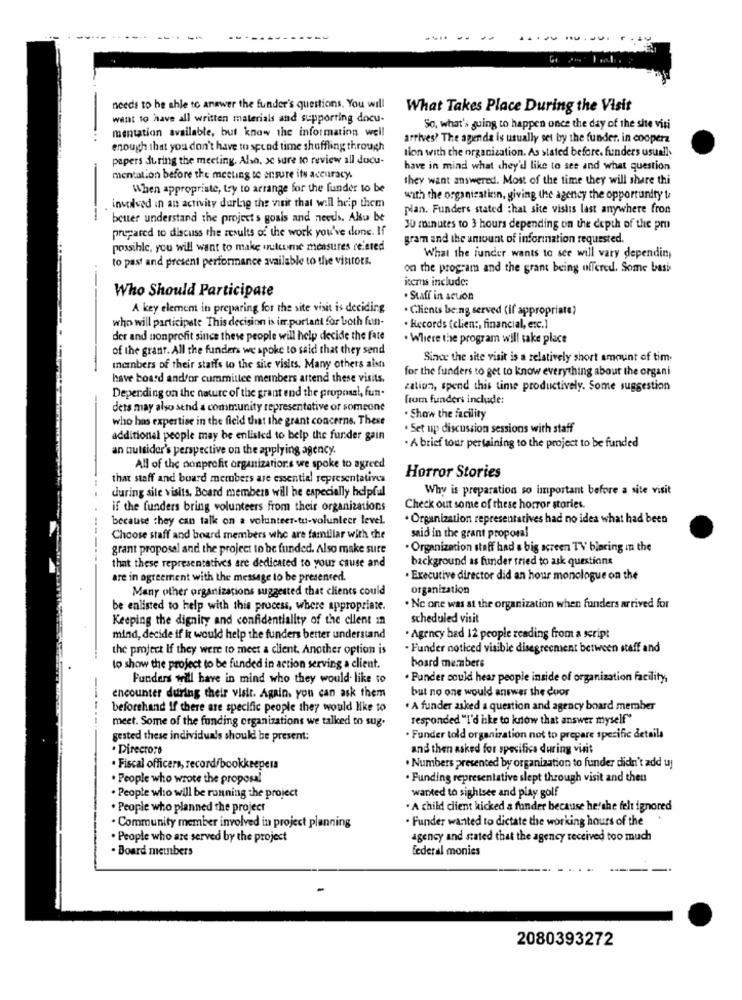
needs to be able to answer the funder's questions. You will
What Takes Place During the Visit
want to have all written materials and supporting docu-
mentation available, but know the information weil
So, what's going to happen once the day of the site visi
...
arrives? The agenda is usually set by the funder. in cooperz
enough that you don't have to spend time shuffling through
tion with the organization. As stated before. funders usually
papers during the meeting. Also, se sure to review all ducu-
have in mind what chey'd like to see and what question
mentation before the meeting to ensure its accuracy.
they want answered. Most of the time they will share thi
When appropriate, try to arrange for the funder to be
with the organization, giving the agency the opportunity to
involved in an activity during the visit that will help them
plan. Funders stated :hat site visits last anywhere fron
beuer understand the project s goals and needs. Alu be
prepared to discuss the results of the work you've done. If
JU minutes to 3 hours depending on the depth of the pru
gram and the amount of information requested.
possible, you will want to make outcome measures related
to past and present performance available to the visitors.
What the iunder wants to see will vary depending
on the program and the grant being offered. Some bash
icms include;
Who Should Participate
. Staff in action
A key element in preparing for the site visit is deciding
. Clients being served (if appropriate?
who will participate This decision is important for both fun-
Records (clien :, financial, etc.)
der and nonprofit since these people will help decide the fate
. Where the program will take place
of the grant. All the funders we spoke to said that they send
Since the site visit is a relatively short amount of tim.
-
members of their staffs to the site visits. Many others aist
for the funders to get to know everything about the organi
have board andfor cummittee meinbers attend these visits.
zation, spend this time productively. Some suggestion
Depending on the nature of the grant end the proposal, fun-
from funderi include:
dets may also send a community representative of someone
who has expertise in the field that the grant concerns. These
. Show the facility
. Set up discussion sessions with staff
additional people may be enlisted to belp the funder gain
an outsider's perspective on the applying agency.
. A brief tour pertaining to the project to be funded
All of the nonprofit organizations we spoke to agreed
that staff and board members are essential representatives
Horror Stories
Why is preparation so important before a site visit
during site visits. Board members will be especially helpful
if the funders bring volunteers from their organizations
Check out some of these horror stories.
because they can talk on a volunteer-tu-volunteer level.
. Organization representatives had no idea what had been
Choose staff and board members who are familiar with the
said in the grant proporal
-----
grant proposal and the project to be funded. Also make sure
· Organization staff had a big screen TV blaring in the
background as funder tried to ask questions
that these representatives are dedicated to your cause and
are in agreement with the message to be presented.
. Executive director did an hour monologue on the
Many other organizations suggested that clients could
organization
be enlisted to help with this process, where appropriate.
. No one was at the organization when funders arrived for
Keeping the dignity and confidentiality of the client in
scheduled visit
mind, decide if it would help the funders better understand
. Agency had 12 people reading from a script
the project If they were to meet a client. Another option is
. Funder noticed visible disegreement between staff and
to show the project to be funded in action serving a client.
board members
Fundars will have in mind who they would like to
·Punder could hear people inside of organization facility,
but no one would answer the door
encounter during their visit. Again, you can ask them
beforehand if there are specific people they would like to
. A funder asked a question and agency board member
----
meet. Some of the funding organizations we talked to sug.
responded "I'd hike to know that answer myself"
gested these individuals should be present:
· Funder told organization not to prepare specific details
· Directors
and then asked for specifica during visit
. Numbers presented by organization to funder didn't add tj
. Fiscal officers, record/bookkeepers
. People who wrote the proposal
. Funding representative slept through visit and then
wanted to sightsee and play golf
. People who will be running the project
. People who planned the project
. A child client kicked a fonder because he/she felt ignored
· Community member involved in project planning
. Funder wanted to dictate the working hours of the
. People who are served by the project
agency and stated that the agency received too much
.Board members
federal monies
2080393272